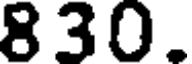
830.